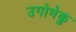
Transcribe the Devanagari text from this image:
उगोमेकु